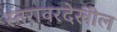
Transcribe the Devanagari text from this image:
स्तरावरदेखील